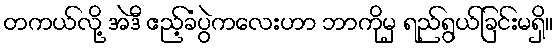
တကယ်လို့ အဲဒီ ဧည့်ခံပွဲကလေးဟာ ဘာကိုမှ ရည်ရွယ်ခြင်းမရှိ။